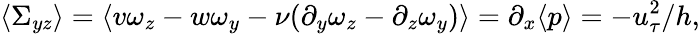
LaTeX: \langle\Sigma_{yz}\rangle=\langle v\omega_{z}-w\omega_{y}-\nu(\partial_{y}\omega_{z}-\partial_{z}\omega_{y})\rangle=\partial_{x}\langle p\rangle=-u_{\tau}^{2}/h,